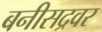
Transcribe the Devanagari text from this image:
बनीसद्रवर